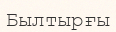
Былтырғы